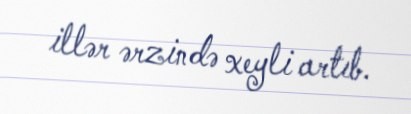
illər ərzində xeyli artıb.